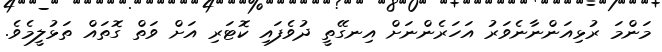
މަންމަ ރުޅިއަންނާނެވަރު އަހަރެންނަށް އިނގޭތީ ދުވެފައި ކޮޓަރި އަށް ވަތް ގޮތައް ތަޅުލީމެވެ.